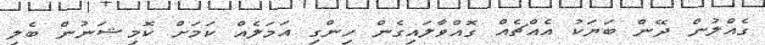
ގެއްލުން ދޭން ބަޔަކު އެއްޗެއް ގޮއްވާލައިގެން ހިންގި އަމަލެއް ކަމަށް ކޮމިޝަނުން ބެލި